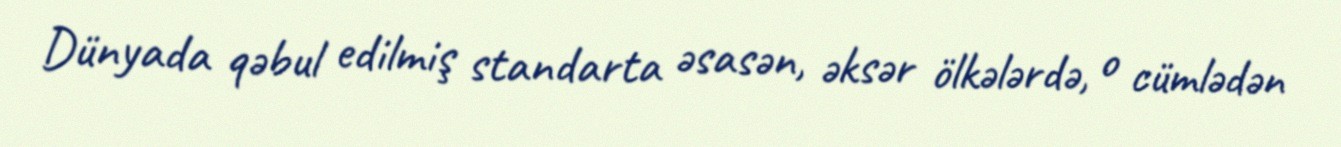
Dünyada qəbul edilmiş standarta əsasən, əksər ölkələrdə, o cümlədən